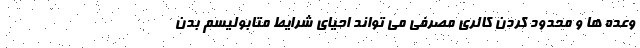
وعده ها و محدود کردن کالری مصرفی می تواند احیای شرایط متابولیسم بدن